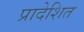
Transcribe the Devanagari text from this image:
प्रादेशित